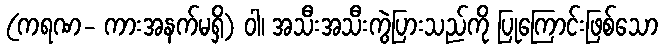
(ကရဏ- ကားအနက်မရှိ) ဝါ၊ အသီးအသီးကွဲပြားသည်ကို ပြုကြောင်းဖြစ်သော